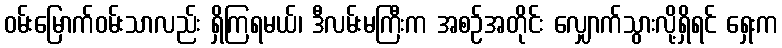
ဝမ်းမြောက်ဝမ်းသာလည်း ရှိကြရမယ်၊ ဒီလမ်းမကြီးက အစဉ်အတိုင်း လျှောက်သွားလို့ရှိရင် ရှေးက